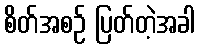
စိတ်အစဉ် ပြတ်တဲ့အခါ